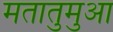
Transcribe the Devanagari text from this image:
मतातुमुआ